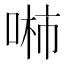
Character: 𱓖